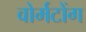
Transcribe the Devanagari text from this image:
वोर्मटोंग